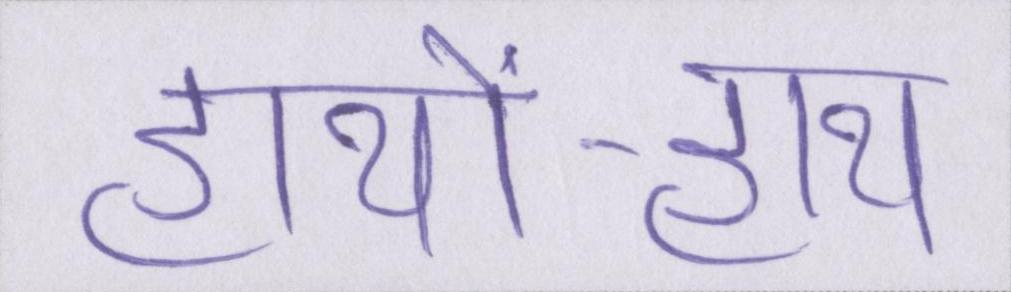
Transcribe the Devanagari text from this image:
हाथों-हाथ